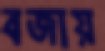
বজায়